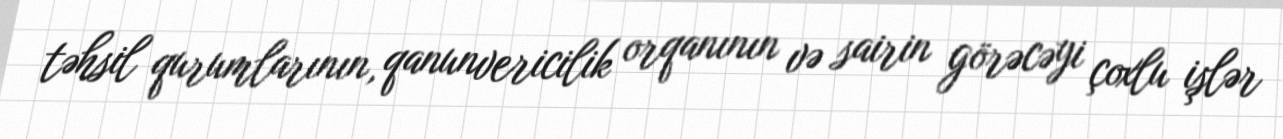
təhsil qurumlarının, qanunvericilik orqanının və sairin görəcəyi çoxlu işlər